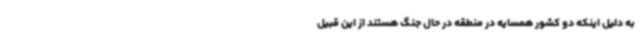
به دلیل اینکه دو کشور همسایه در منطقه در حال جنگ هستند از این قبیل